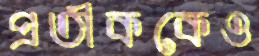
প্রতীককেও